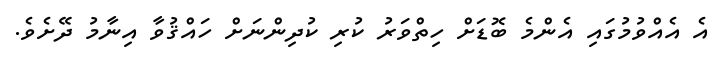
އެ އެއްވުމުގައި އެންމެ ބޮޑަށް ހިތްވަރު ކުރި ކުދިންނަށް ހައްޤުވާ އިނާމު ދޭށެވެ.